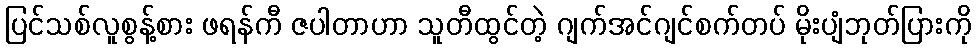
ပြင်သစ်လူစွန့်စား ဖရန်ကီ ဇပါတာဟာ သူတီထွင်တဲ့ ဂျက်အင်ဂျင်စက်တပ် မိုးပျံဘုတ်ပြားကို